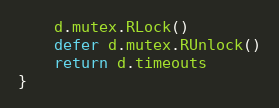
Language: Go
	d.mutex.RLock()
	defer d.mutex.RUnlock()
	return d.timeouts
}